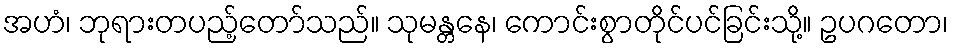
အဟံ၊ ဘုရားတပည့်တော်သည်။ သုမန္တနေ၊ ကောင်းစွာတိုင်ပင်ခြင်းသို့။ ဥပဂတော၊